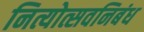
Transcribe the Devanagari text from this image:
नित्योत्सवनिबंध